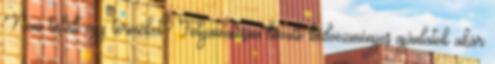
Nem talált egy terméket? Folyamatosan bővülő kedvezményes ajánlatok akár